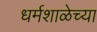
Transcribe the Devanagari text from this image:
धर्मशाळेच्या